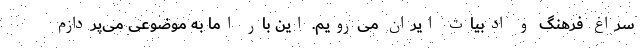
سراغ فرهنگ و ادبیات ایران می‌رویم. این بار اما به موضوعی می‌پردازم